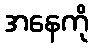
အနေကို